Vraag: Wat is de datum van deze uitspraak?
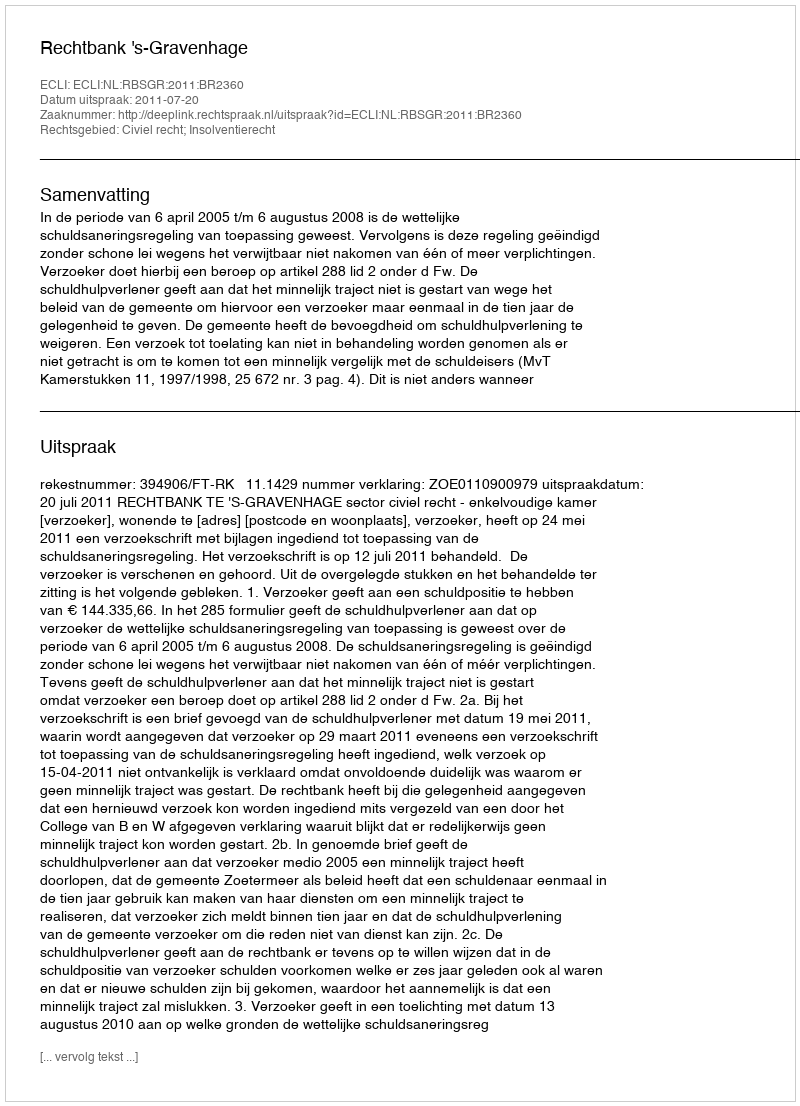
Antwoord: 2011-07-20